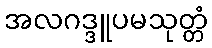
အလဂဒ္ဒူပမသုတ္တံ